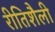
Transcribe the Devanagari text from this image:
रीतिशैली